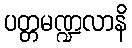
ပတ္တမဏ္ဍလာနိ